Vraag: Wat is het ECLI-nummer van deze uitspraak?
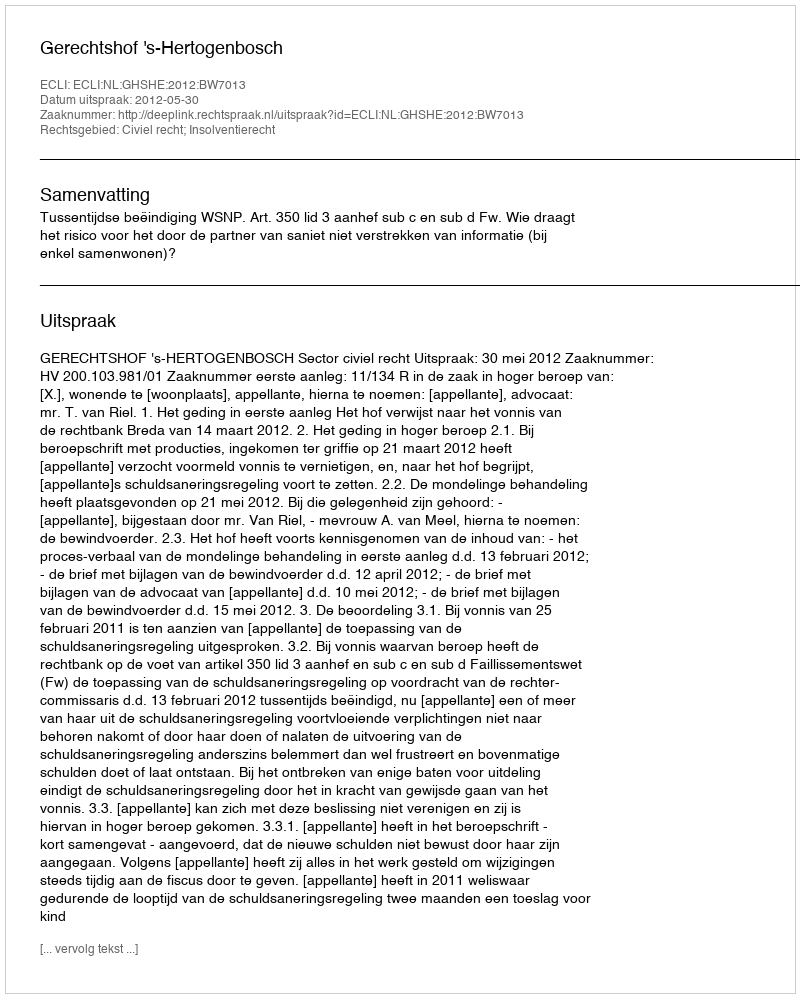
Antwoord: ECLI:NL:GHSHE:2012:BW7013